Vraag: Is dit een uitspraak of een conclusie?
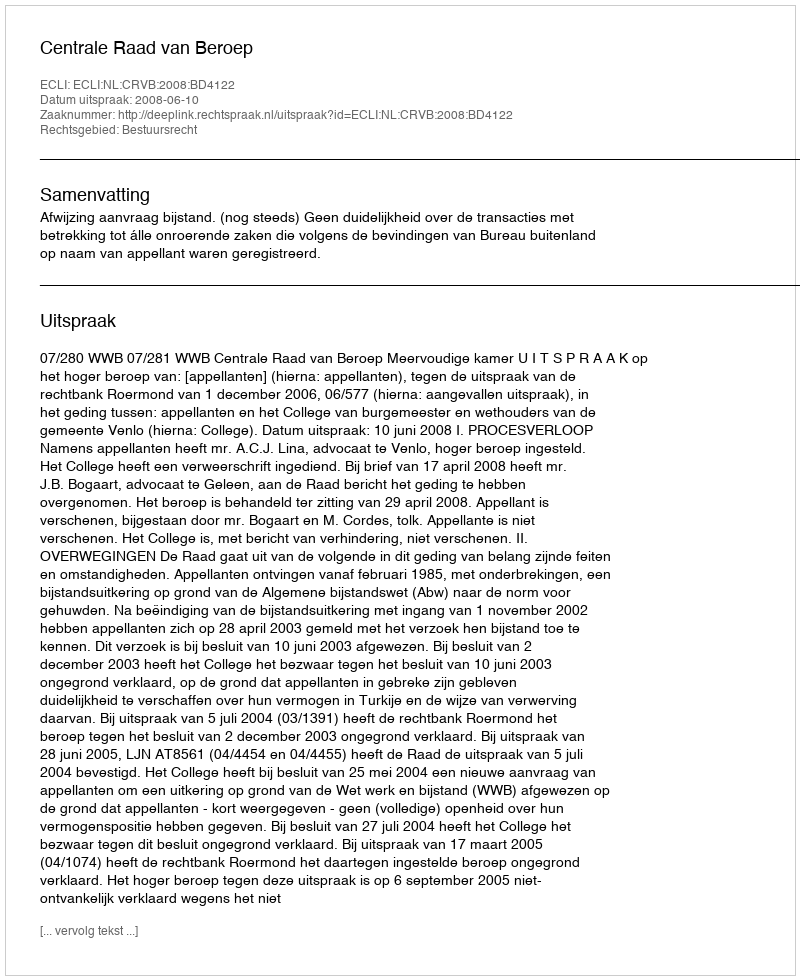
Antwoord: Uitspraak